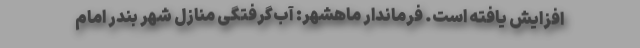
افزایش یافته است. فرماندار ماهشهر: آب‌گرفتگی منازل شهر بندر امام